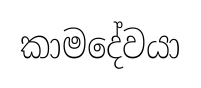
කාමදේවයා